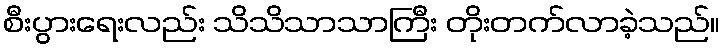
စီးပွားရေးလည်း သိသိသာသာကြီး တိုးတက်လာခဲ့သည်။